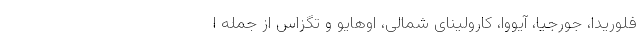
فلوریدا، جورجیا، آیووا، کارولینای شمالی، اوهایو و تگزاس از جمله ا